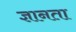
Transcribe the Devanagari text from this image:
ज्ञानता